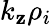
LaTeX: k_{\mathbf{z}}\rho_{i}